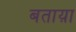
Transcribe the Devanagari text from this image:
बताय़ा